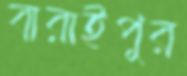
বারাইপুর